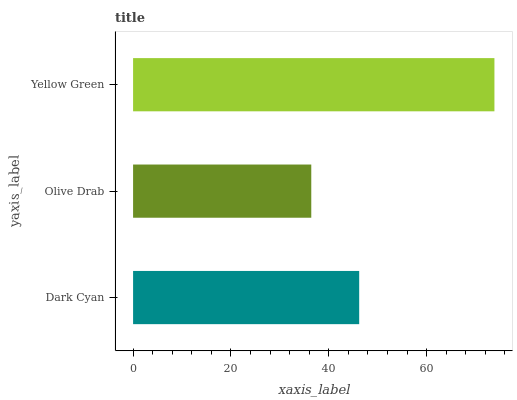
| yaxis_label | bars |
 | --- | --- |
 | Dark Cyan | 46.2 |
 | Olive Drab | 36.4 |
 | Yellow Green | 73.9 |